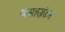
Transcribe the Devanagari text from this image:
परमतखंडन